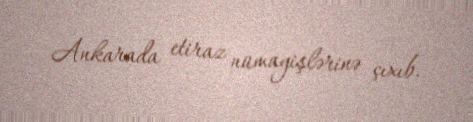
Ankarada etiraz nümayişlərinə çıxıb.